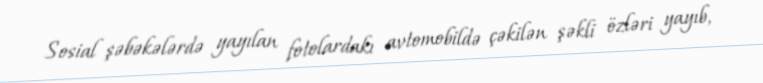
Sosial şəbəkələrdə yayılan fotolardakı avtomobildə çəkilən şəkli özləri yayıb,